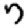
Digit: 7